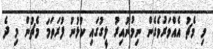
މި މެޗު އެއްވަރުވެގެން ނިމުނުއިރު ލީގުގައި ކުޅުނު ފުރަތަމަ މެޗުން މި ދެ